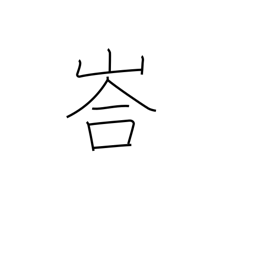
Meaning: mountain cave